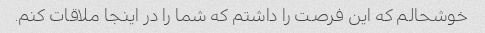
خوشحالم که این فرصت را داشتم که شما را در اینجا ملاقات کنم.